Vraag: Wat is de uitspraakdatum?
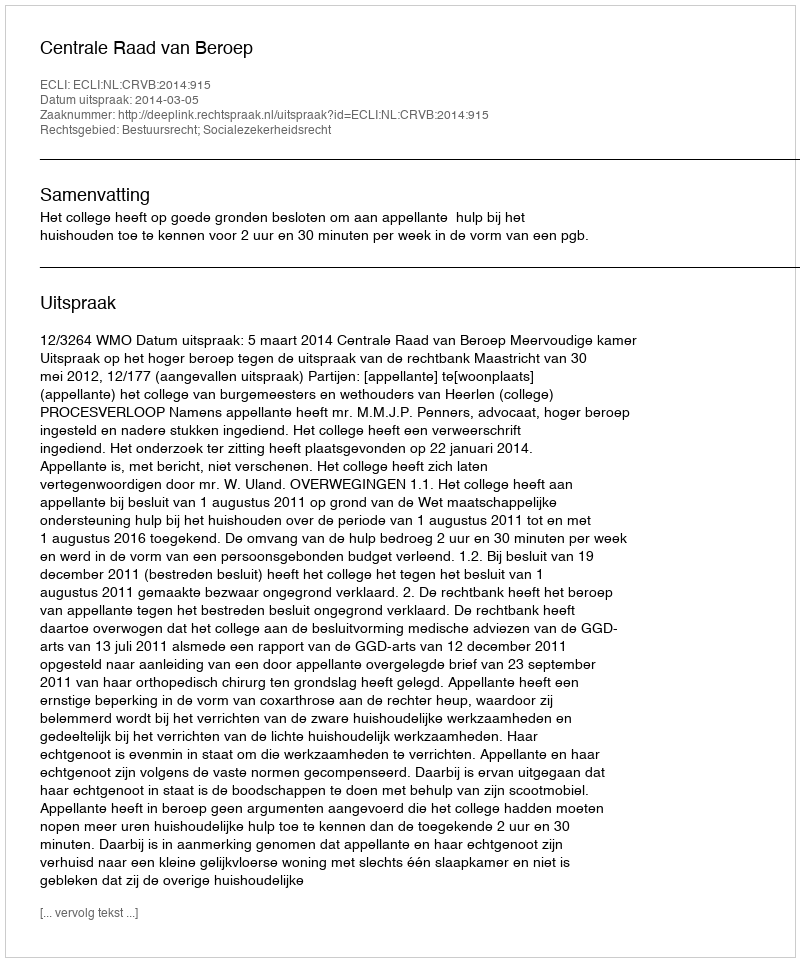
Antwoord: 2014-03-05